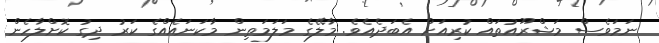
ނަމަވެސް މަޝްރޫއުތައް ކުރިއަށް އެބަދެއެވެ. މާލޭގެ މަލަމަތިން މާކަނައެއްގެ ކަރު ދިގު ކޮށްލާހެން